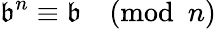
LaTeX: \mathfrak{b}^{n}\equiv\mathfrak{b}{\pmod{n}}